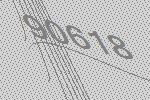
90618